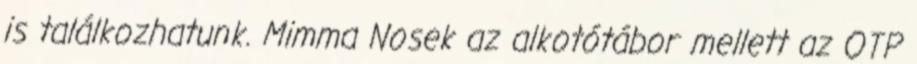
is találkozhatunk. Mimma Nosek az alkotótábor mellett az OTP